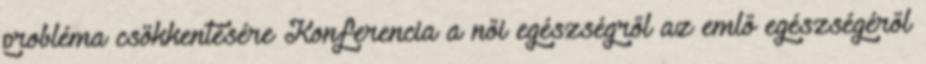
probléma csökkentésére Konferencia a női egészségről az emlő egészségéről